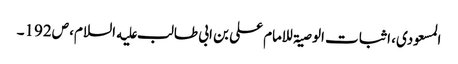
المسعودی، اثبات الوصیۃ للامام علی بن ابی طالب علیه السلام، ص192۔